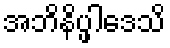
အဘိနိပ္ဖါဒေသိ